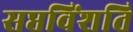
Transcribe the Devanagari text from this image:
सप्तविंशति